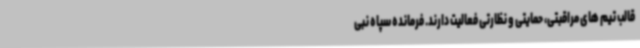
قالب تیم های مراقبتی، حمایتی و نظارتی فعالیت دارند. فرمانده سپاه نبی